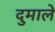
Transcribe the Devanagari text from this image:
दुमाले